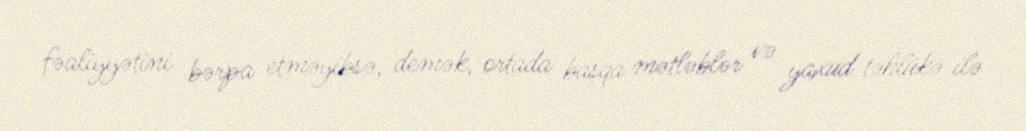
fəaliyyətini bərpa etməyibsə, demək, ortada başqa mətləblər və yaxud təhlükə ilə